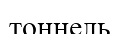
тоннель